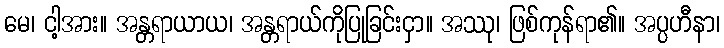
မေ၊ ငါ့အား။ အန္တရာယာယ၊ အန္တရာယ်ကိုပြုခြင်းငှာ။ အဿု၊ ဖြစ်ကုန်ရာ၏။ အပ္ပဟီနာ၊